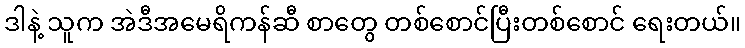
ဒါနဲ့ သူက အဲဒီအမေရိကန်ဆီ စာတွေ တစ်စောင်ပြီးတစ်စောင် ရေးတယ်။